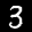
Label: 3